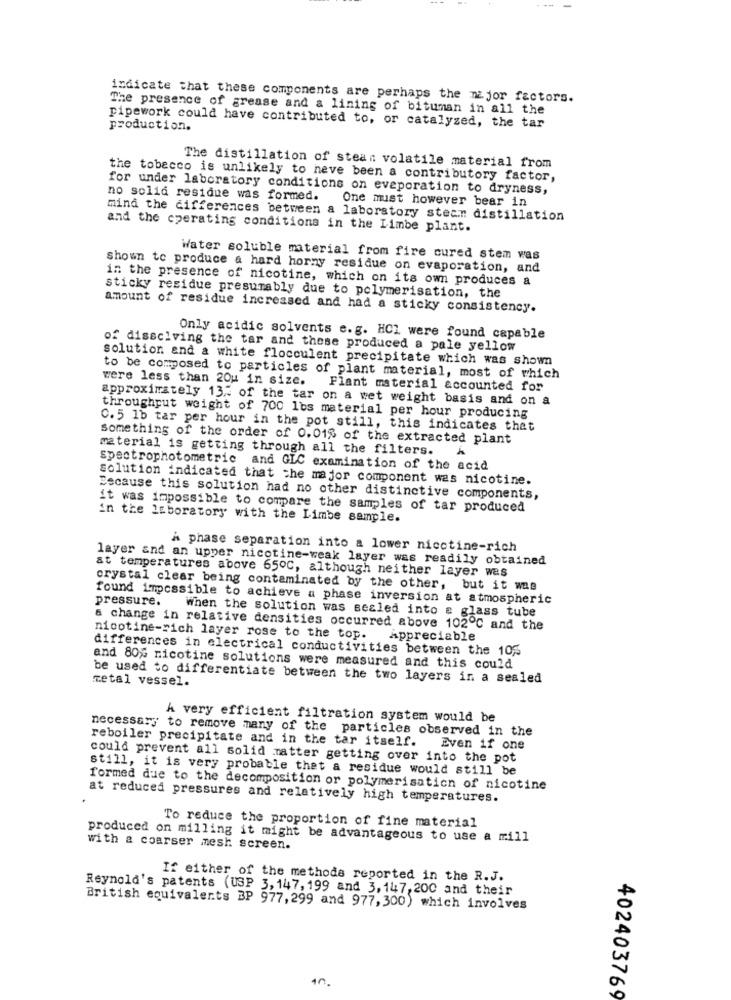
--:
indicate that these components are perhaps the major factors.
The presence of grease and a lining of bituman in all the
production.
pipework could have contributed to, or catalyzed, the tar
The distillation of stean volatile material from
the tobacco is unlikely to neve been a contributory factor,
for under laboratory conditions on evaporation to dryness,
no solid residue was formed.
One must however bear in
mind the differences between a laboratory steam distillation
and the operating conditions in the Limbe plant.
Water soluble material from fire cured stem was
shown to produce a hard horny residue on evaporation, and
in the presence of nicotine, which on its own produces a
sticky residue presumably due to polymerisation, the
amount of residue increased and had a sticky consistency.
Only acidic solvents e.g. HCI were found capable
of dissciving the tar and these produced a pale yellow
solution and a white flocculent precipitate which was shown
were less than 20u in size.
to be composed to particles of plant material, most of which
Flant material accounted for
approximately 13% of the tar on a wet weight basis and on a
throughput weight of 700 1bs material per hour producing
C. 5 1b tar per hour in the pot still, this indicates that
Something of the order of 0.01% of the extracted plant
material is getting through all the filters.
spectrophotometric and GLC examination of the acid
solution indicated that the major component was nicotine.
Because this solution had no other distinctive components,
it was impossible to compare the samples of tar produced
in the laboratory with the Limbe sample.
a phase separation into a lower nicotine-rich
layer and an upper nicotine-weak layer was readily obtained
at temperatures above 650C, although neither layer was
crystal clear being contaminated by the other, but it was
found impossible to achieve a phase inversion at atmospheric
pressure.
when the solution was sealed into e glass tube
a change in relative densities occurred above 102℃ and the
nicotine-rich layer rose to the top. Appreciable
differences in electrical conductivities between the 105
and 80% nicotine solutions were measured and this could
metal vessel.
be used to differentiate between the two layers in a sealed
A very efficient filtration system would be
necessary to remove many of the particles observed in the
reboiler precipitate and in the tar itself.
Even if one
could prevent all solid matter getting over into the pot
still, it is very probable that a residue would still be
formed due to the decomposition or polymerisation of nicotine
at reduced pressures and relatively high temperatures.
To reduce the proportion of fine material
produced on milling it might be advantageous to use a mill
with a coarser mesh screen.
If either of the methods reported in the R.J.
Reynold's patents (USP 3, 147, 199 and 3, 14:7, 200 and their
British equivalents BP 977, 299 and 977,300) which involves
402403769